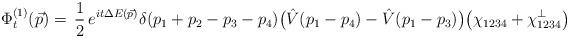
LaTeX: \begin{align*} \Phi_t^{(1)} (\vec p ) = \, \frac{1}{2}\, e^{ it \Delta E ( \vec p ) } \delta(p_1 + p_2 - p_3 - p_4 ) \big( \hat V (p_1 - p_4 ) - \hat V (p_1 - p_3 ) \big) \big( \chi_{1234} + \chi^\perp_{1234} \big) \end{align*}